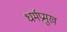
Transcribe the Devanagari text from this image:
धर्मप्रमुख